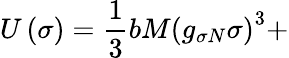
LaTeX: U\left(\sigma\right)=\frac{1}{3}bM\left(g_{\sigma N}\sigma\right)^{3}+